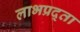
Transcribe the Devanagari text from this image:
लाभप्रद्ता